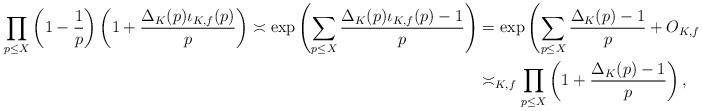
LaTeX: \begin{align*}\prod_{p \leq X} \left(1-\frac{1}{p}\right)\left(1+\frac{\Delta_K(p)\iota_{K,f}(p)}{p}\right) \asymp \exp\left(\sum_{p \leq X} \frac{\Delta_K(p)\iota_{K,f}(p)-1}{p}\right) &= \exp\left(\sum_{p \leq X} \frac{\Delta_K(p)-1}{p} + O_{K,f}(1)\right) \\&\asymp_{K,f} \prod_{p \leq X} \left(1+\frac{\Delta_K(p)-1}{p}\right),\end{align*}